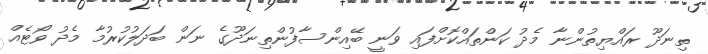
ތިނަދޫ ރައްޔިތުންނާ މެދު ކަންތައްކޮށްފައި ވަނީ ބޭއިންސާފުންތިނަދޫގެ ނަން ބަދަލުކުރުމާ މެދު ވޯޓެއް